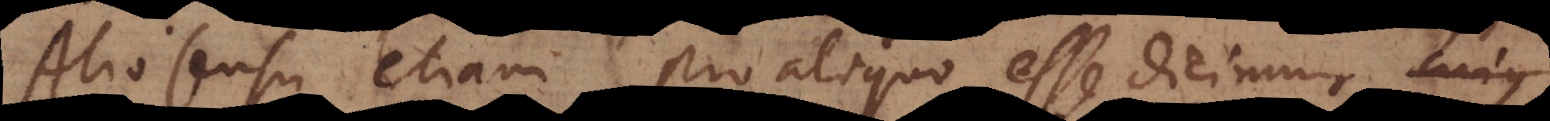
Alio sensu etiam pro aliquo esse dici